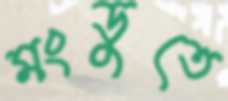
মংডুতে